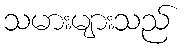
သမားများသည်